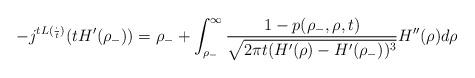
LaTeX: \begin{align*}-j^{tL(\frac{\cdot}{t})}(tH'(\rho_{-}))=\rho_{-}+\int_{\rho_{-}}^{\infty}\frac{1-p(\rho_{-},\rho,t)}{\sqrt{2\pi t(H'(\rho)-H'(\rho_{-}))^3}} H''(\rho) d\rho\end{align*}